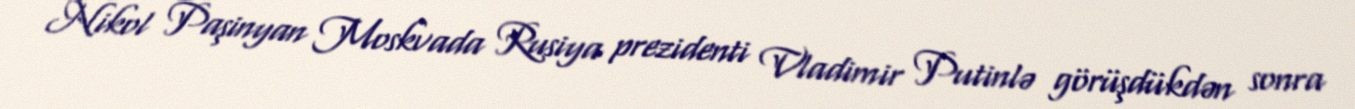
Nikol Paşinyan Moskvada Rusiya prezidenti Vladimir Putinlə görüşdükdən sonra